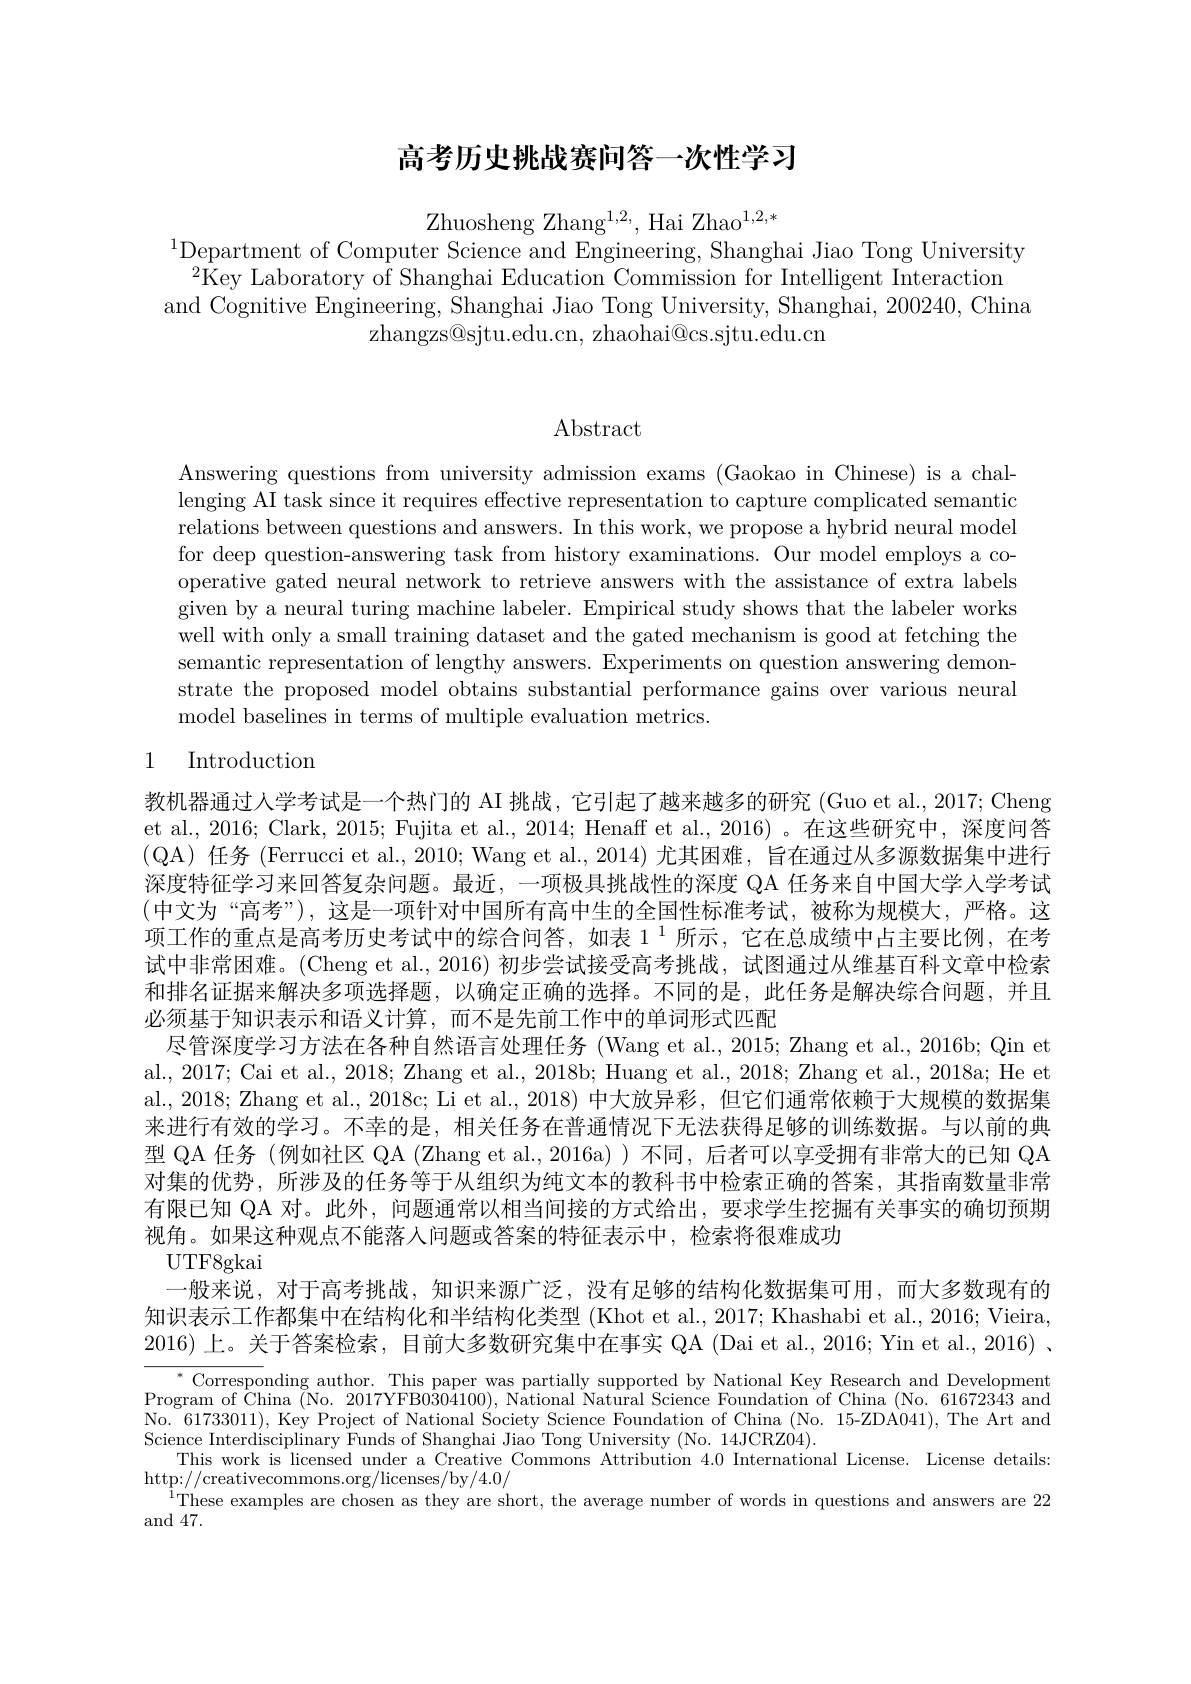
## 高考历史挑战赛问答一次性学习

Zhuosheng Zhang$^1,2$, Hai Zhao$^{1,2,*}$
$^{1}$Department of Computer Science and Engineering, Shanghai Jiao Tong University
$^{2}$Key Laboratory of Shanghai Education Commission for Intelligent Interaction
and Cognitive Engineering, Shanghai Jiao Tong University, Shanghai, 200240, China
zhangzs@sjtu.edu.cn, zhaohai@cs.sjtu.edu.cn

$\operatorname{Abstract}$

Answering questions from university admission exams (Gaokao in Chinese) is a challenging AI task since it requires effective representation to capture complicated semantic relations between questions and answers. In this work, we propose a hybrid neural model for deep question-answering task from history examinations. Our model employs a cooperative gated neural network to retrieve answers with the assistance of extra labels given by a neural turing machine labeler. Empirical study shows that the labeler works well with only a small training dataset and the gated mechanism is good at fetching the semantic representation of lengthy answers. Experiments on question answering demonstrate the proposed model obtains substantial performance gains over various neural model baselines in terms of multiple evaluation metrics.

## 1 Introduction

教机器通过人学考试是一个热门的 AI 挑战，它引起了越来越多的研究 (Guo et al., 2017; Cheng et al., 2016; Clark, 2015; Fujita et al., 2014; Henaff et al., 2016)。在这些研究中，深度问答(QA) 任务 (Ferrucci et al., 2010; Wang et al., 2014) 尤其困难，旨在通过从多源数据集中进行深度特征学习来回答复杂问题。最近，一项极具挑战性的深度 QA 任务来自中国大学人学考试(中文为“高考”),这是一项针对中国所有高中生的全国性标准考试，被称为规模大，严格。这项工作的重点是高考历史考试中的综合问答，如表 1$^{1}$所示，它在总成绩中占主要比例，在考试中非常困难。(Cheng et al.,2016) 初步尝试接受高考挑战，试图通过从维基百科文章中检索和排名证据来解决多项选择题，以确定正确的选择。不同的是，此任务是解决综合问题，并且必须基于知识表示和语义计算，而不是先前工作中的单词形式匹配
尽管深度学习方法在各种自然语言处理任务 (Wang et al., 2015; Zhang et al., 2016b; Qin et al., 2017; Cai et al., 2018; Zhang et al., 2018b; Huang et al., 2018; Zhang et al., 2018a; He et al., 2018; Zhang et al., 2018c; Li et al., 2018) 中大放异彩，但它们通常依赖于大规模的数据集来进行有效的学习。不幸的是，相关任务在普通情况下无法获得足够的训练数据。与以前的典型 QA 任务 (例如社区 QA (Zhang et al., 2016a))不同，后者可以享受拥有非常大的已知 QA 对集的优势，所涉及的任务等于从组织为纯文本的教科书中检索正确的答案，其指南数量非常有限已知 QA 对。此外，问题通常以相当间接的方式给出，要求学生挖掘有关事实的确切预期视角。如果这种观点不能落人问题或答案的特征表示中，检索将很难成功
UTF8gkai
一般来说，对于高考挑战，知识来源广泛，没有足够的结构化数据集可用，而大多数现有的知识表示工作都集中在结构化和半结构化类型 (Khot et al., 2017; Khashabi et al., 2016; Vieira, 2016)上。关于答案检索，目前大多数研究集中在事实 QA (Dai et al., 2016; Yin et al., 2016) 、
$^{*}$ Corresponding author. This paper was partially supported by National Key Research and Development Program of $\bar{\text{China }(\text{No. 2017YFB0304100), National Natural Science Foundation of China (No. 61672343 and})}$

No. 61733011), Key Project of National Society Science Foundation of China (No. 15-ZDA041), The Art and
Science Interdisciplinary Funds of Shanghai Jiao Tong University (No. 14JCRZ04).
This work is licensed under a Creative Commons Attribution 4.0 International License. License details:
http://creativecommons.org/licenses/by/4.0/
$^{1}$These examples are chosen as they are short, the average number of words in questions and answers are 22
and 47.